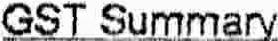
GST SUMMARY